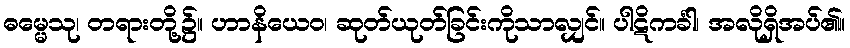
ဓမ္မေသု၊ တရားတို့၌။ ဟာနိယေဝ၊ ဆုတ်ယုတ်ခြင်းကိုသာလျှင်။ ပါဋိကင်္ခါ၊ အလိုရှိအပ်၏။